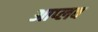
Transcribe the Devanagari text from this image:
आप्लव